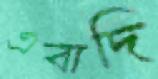
এবাদি